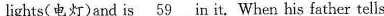
lights(电灯)and is \underline{59} in it, When his father tells